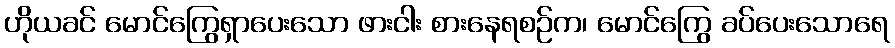
ဟိုယခင် မောင်ကြွေရှာပေးသော ဖားငါး စားနေရစဉ်က၊ မောင်ကြွေ ခပ်ပေးသောရေ